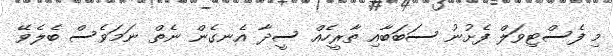
މި ފެސްޓިވަލް ފެށުނު ސަބަބާއި ތާރީހެއް ސީދާ އެނގެން ނެތް ނަމަވެސް ބެލެވޭ